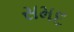
સમદ